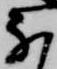
な